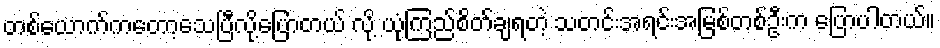
တစ်ယောက်ကတော့သေပြီလို့ပြောတယ် လို့ ယုံကြည်စိတ်ချရတဲ့ သတင်းအရင်းအမြစ်တစ်ဦးက ပြောပါတယ်။